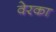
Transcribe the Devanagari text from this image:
वेरका